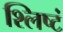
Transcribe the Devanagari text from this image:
श्लिष्टं